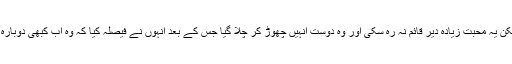
صنم سعید نے کہا کہ انہیں بہت کم عمر میں اپنے اسکول کے دوست کے ساتھ محبت ہو گئی تھی لیکن یہ محبت زیادہ دیر قائم نہ رہ سکی اور وہ دوست انہیں چھوڑ کر چلا گیا جس کے بعد انہوں نے فیصلہ کیا کہ وہ اب کبھی دوبارہ محبت نہیں کریں گی لیکن انہیں ایک بار پھر محبت ہوئی اور اسی شخص کے ساتھ شادی بھی ہوئی۔